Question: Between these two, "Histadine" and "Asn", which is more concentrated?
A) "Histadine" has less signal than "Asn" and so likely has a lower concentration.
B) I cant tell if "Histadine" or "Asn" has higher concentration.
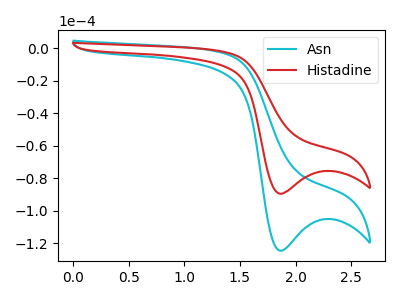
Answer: <think>The cyan curve "Asn" has a cathodic peak at: (1.85V, -124.70uA). The red curve "Histadine" has a cathodic peak at: (1.85V, -89.60uA).
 All the peaks in "Histadine" have a peak in "Asn" at the same potential. Every peak in "Histadine" is lower than every peak in "Asn".</think>
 <answer>A) "Histadine" has less signal than "Asn" and so likely has a lower concentration.</answer>
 <eval>A</eval>